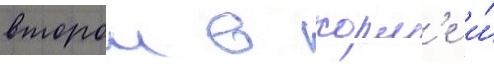
второи в корм'е и́